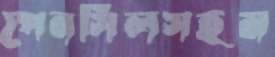
পেনসিলসহম